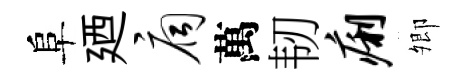
阜廼扃萬韧痢𡖖